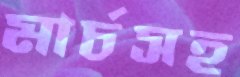
মার্চসহ